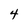
Character: 4